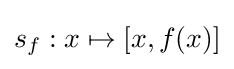
s_{f}:x\mapsto [x,f(x)]